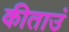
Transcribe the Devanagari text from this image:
कीताउं